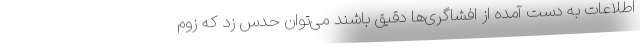
اطلاعات به دست آمده از افشاگری‌ها دقیق باشند می‌توان حدس زد که زوم